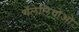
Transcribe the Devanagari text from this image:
गॅलेलियोओ